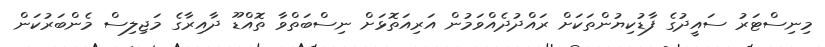
މިނިސްޓަރު ސައީދުގެ ފާޑުކިޔުންތަކަށް ރައްދުދެއްވަމުން އަރިއަތޮޅަށް ނިސްބަތްވާ ތޮއްޑޫ ދާއިރާގެ މަޖިލިސް މެންބަރުކަން